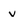
Character: v